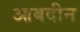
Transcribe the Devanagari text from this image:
आबदीन